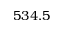
5 3 4 . 5